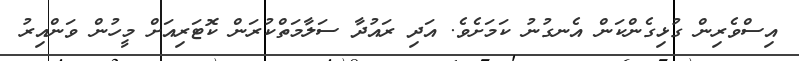
އިިސްވެރިން ގުޅިގެންކަން އެނގުނު ކަމަށެވެ. އަދި ރައުދާ ސަލާމަތްކުރަން ކޮޓަރިއަށް މީހުން ވަންއިރު